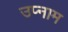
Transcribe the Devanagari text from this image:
उप्नाम